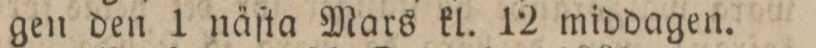
gen den 1 näſta Mars kl. 12 middagen.